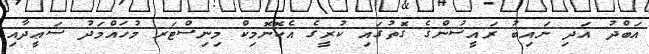
އަބްދު އަދި ނައިބު ރައީސުންގެ ގޮތުގައި ކުރީގެ އެކޮނޮމިކް މިނިސްޓަރ މުހައްމަދު ސަޢީދާއި